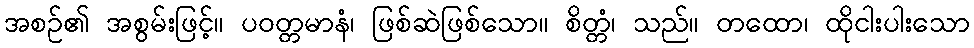
အစဉ်၏ အစွမ်းဖြင့်။ ပဝတ္တမာနံ၊ ဖြစ်ဆဲဖြစ်သော။ စိတ္တံ၊ သည်။ တထော၊ ထိုငါးပါးသော